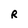
Character: R